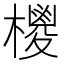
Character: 㯶